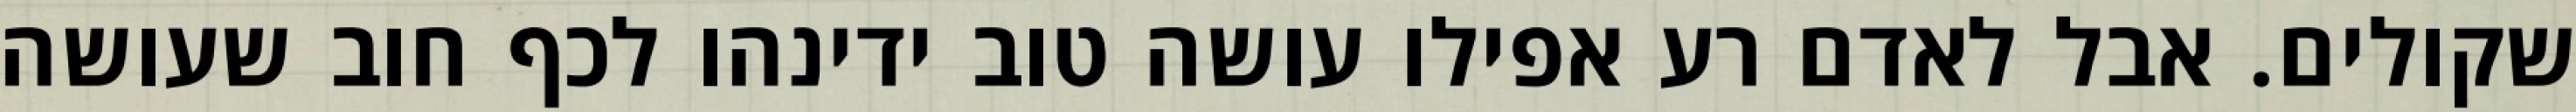
שקולים. אבל לאדם רע אפילו עושה טוב ידינהו לכף חוב שעושה